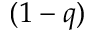
( 1 - q )